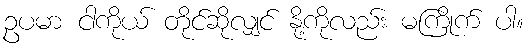
ဥပမာ ငါကိုယ် တိုင်ဆိုလျှင် နို့ကိုလည်း မကြိုက် ပါ။